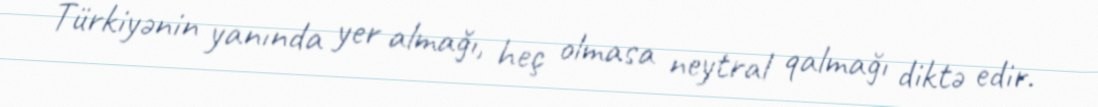
Türkiyənin yanında yer almağı, heç olmasa neytral qalmağı diktə edir.